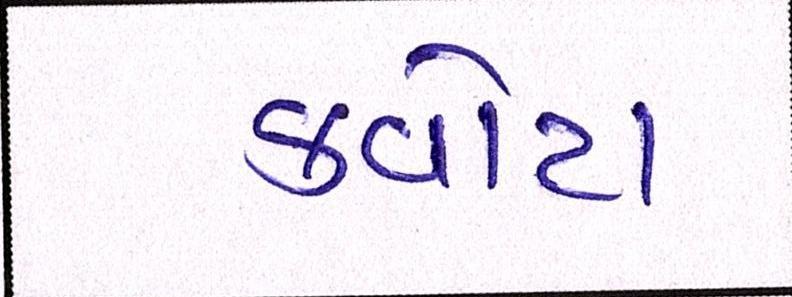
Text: ક્વોટા